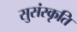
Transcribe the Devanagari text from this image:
सुसंस्कृति